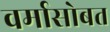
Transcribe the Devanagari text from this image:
वर्मासोबत